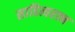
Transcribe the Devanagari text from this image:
साहित्यरत्‍न